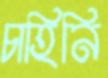
চাহিনি